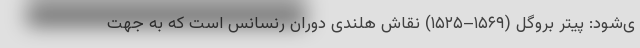
ی‌شود: پیتر بروگل (۱۵۶۹–۱۵۲۵) نقاش هلندی دوران رنسانس است که به جهت